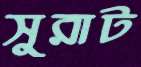
সুরাট